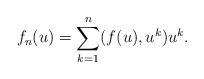
LaTeX: \begin{align*} f_n (u) = \sum_{k = 1}^n (f (u), u^k) u^k .\end{align*}